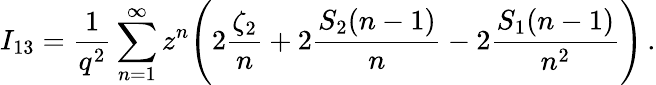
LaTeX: I_{13}=\frac{1}{q^{2}}\sum_{n=1}^{\infty}z^{n}\Biggl(2\frac{\zeta_{2}}{n}+2\frac{S_{2}(n-1)}{n}-2\frac{S_{1}(n-1)}{n^{2}}\Biggr)\, .